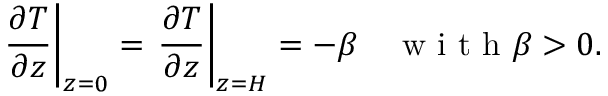
\left. \frac { \partial T } { \partial z } \right| _ { z = 0 } = \left. \frac { \partial T } { \partial z } \right| _ { z = H } = - \beta \quad \textrm { w i t h } \beta > 0 .